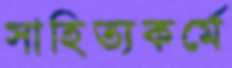
সাহিত্যকর্মে